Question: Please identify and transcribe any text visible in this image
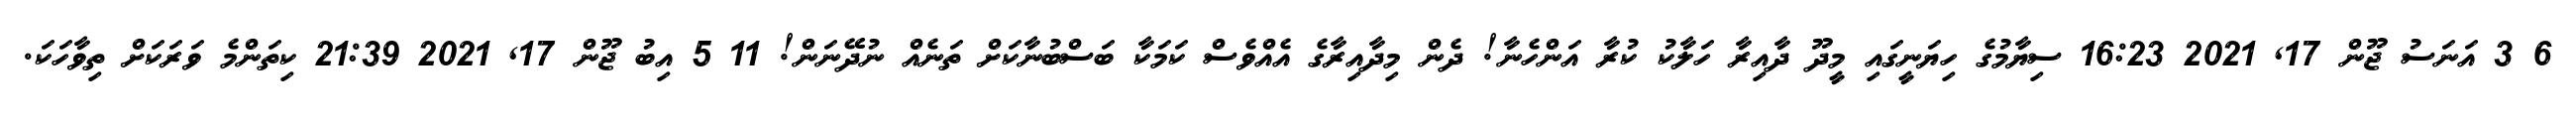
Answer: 6 3 އަނަސު ޖޫން 17, 2021 16:23 ސިޔާމުގެ ހިޔަނީގައި މީދޫ ދާއިރާ ހަލާކު ކުރާ އަންހެނާ! ދެން މިދާއިރާގެ އެއްވެސް ކަމަކާ ބަސްބުނާކަށް ތަނެއް ނުދޭނަން! 11 5 އިބު ޖޫން 17, 2021 21:39 ކިތަންމެ ވަރަކަށް ތިވާހަކަ.